King Institute of Preventive Medicine Micro-Biological Section reports 1909-11
Year: 1909
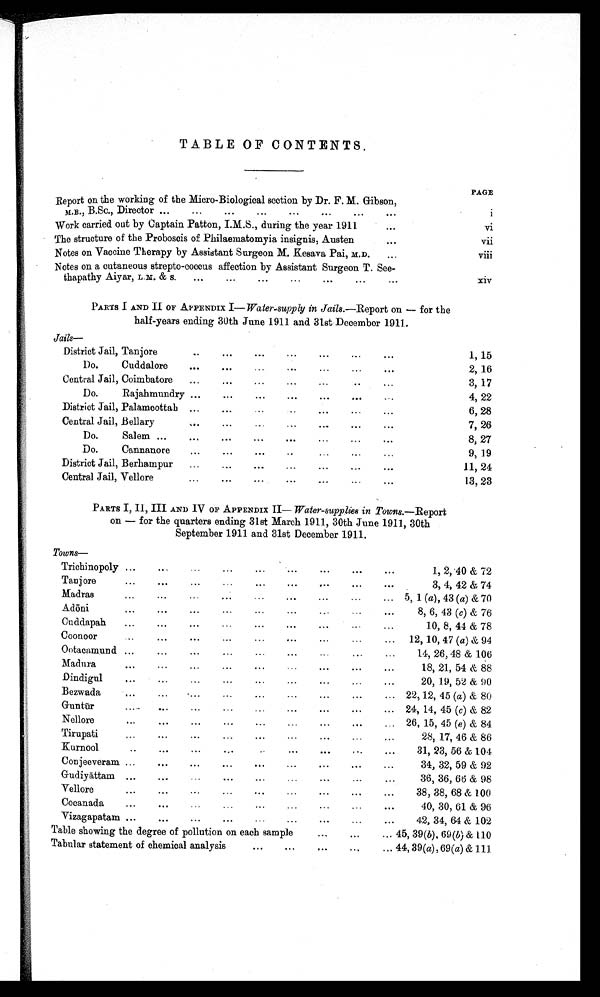
TABLE OF CONTENTS.
PAGE
:Report on the working of the Micro-Biological section by Dr. F. M. Gibson,
M.B., B.Sc., Director ... ... ... ... ... ... i
Work carried out by Captain Patton, I.M.S., during the year 1911
vi
The structure of the Proboscis of Philaeivatomyia insignia, Austen
vii
Notes on Vaccine Therapy by Assistant Surgeon M. Kesava Pai, M.D.
V i i i
Notes on a cutaneous strepto-coccus affection by Assistant Surgeon T. See-
thapathy Aiyar, L.M. & s.
...
...
...
...
...
xiv
PARTS I AND II OF APPENDIX I— Water-supply in Jails.—Report on — for the
half-years ending 30th June 1911 and 31st December 1911.
Jails—
District Jail, Tanjore
. . .
. . .
. . .
. . .
. . .
. . .
. . .
1, 15
1)o.
Cuddalore
. . .
. . .
...
..
...
...
. . .
2, 16
Central Jail, Coimbatore
...
. . .
. . .
...
. . .
. . .
...
3, 17
Do.
Rajahmundry ...
...
...
...
. . .
. . . ...
4, 22
District Jail, Palamcottab ..
. . .
... ...
. . .
...
...
6, 28
Central Jail, Bellary
. . .
... ...
...
. . .
. . .
...
7, 26
Do.
Salem
. . .
. . .
. . .
. . .
. . .
. . .
. . .
8, 27
Do.
Cannanore
. . .
. . .
. . .
. . .
. . .
...
...
9, 19
District Jail, Berhampur
...
. . .
...
...
...
...
. . .
11, 24
Central Jail, Vellore
...
. . .
...
...
...
...
...
13, 23
PARTS I, Il, III AND IV OF APPENDIX II— Water-supplies in Towns .—Report
on — for the quarters ending 31st March 1911, 30th June 1911, 30th
September 1911 and 31st December 1911.
Towns
—
Trichinopoly ...
...
...
...
... ...
...
...
. . .
1, 2,40 & 72
Tanjore
...
. . .
...
...
...
. . .
. . .
. . .
. . .
3, 4, 42 & 74
Madras.
...
...
... ...
. . .
...
...
... 5, 1 ( a), 43 (a) & 70
Adōni
. . .
. . .
...
...
. . .
. . .
. . .
. . .
8, 6, 43 (c) & 76
Cuddapah
. . .
. . .
. . .
. . .
. . .
. . .
10, 8, 44 & 78
Coonoor
. . .
...
...
...
...
...
...
...
12, 10, 47 (a) & 94
Ootacamund
...
...
...
...
...
...
...
14, 26, 48 & 106
Madura
...
...
...
...
. . .
...
. . .
18, 21, 54 & 88
Dindigul
. . .
. . .
. . .
. . .
. . .
. . .
...
. . .
20, 19, 52 & 00
Bezwada
...
....
...
. . .
...
. . .
...
... 22, 12, 45 (a) & 80
Guntū r
...
. . .
. . .
. . .
. . .
. . .
. . .
. . . 24, 14, 45 (c) & 82
Nellore
. . .
. . .
...
. . .
. . .
. . .
. . .
... 26, 15, 45 (e) & 84.
Tirupati
...
...
...
. . .
...
. . .
. . .
. . .
28, 17, 46 & 86
Kurnool
...
...
...
. . .
. . .
. . .
. . .
. . .
31, 23, 56 & 104
Con jeeveram
...
...
. . .
...
...
. . .
...
...
34, 32, 59 & 92
Gudiyā ttam
. . .
. . .
...
...
...
...
. . .
36, 36, 66 & 98
Vellore
. . .
. . .
...
. . .
. . .
. . .
. . .
. . .
38, 38, 68 & 100
Cocanada
...
...
...
. . .
40, 30, 61 & 96
Vizagapatam
. . .
...
...
...
...
...
. . .
42, 34, 64 & 102
Table showing the degree of pollution on each sample
...
. . .
. . .
4 5 , 3 9
( b )
, 6 9
( b )
& 1 1 0
Tabular statement of chemical analysis
...
...
...
. . .
...
4 4 , 3 9
( a )
, 6 9
( a
) & 1 1 1